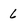
Character: 6